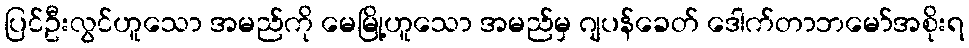
ပြင်ဦးလွင်ဟူသော အမည်ကို မေမြို့ဟူသော အမည်မှ ဂျပန်ခေတ် ဒေါက်တာဘမော်အစိုးရ